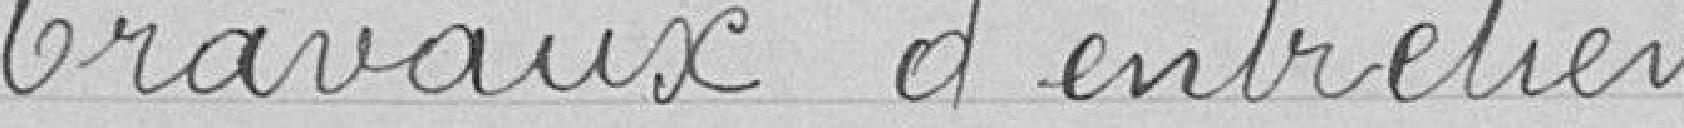
Travaux d'entretien